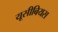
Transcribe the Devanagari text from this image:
यूसीबियस